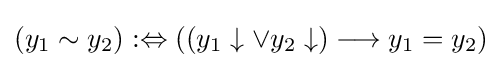
(y_{1}\sim y_{2}):\Leftrightarrow ((y_{1}\downarrow \lor y_{2}\downarrow )\longrightarrow y_{1}=y_{2})